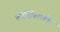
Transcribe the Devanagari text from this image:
कोनिंक्लिज्के